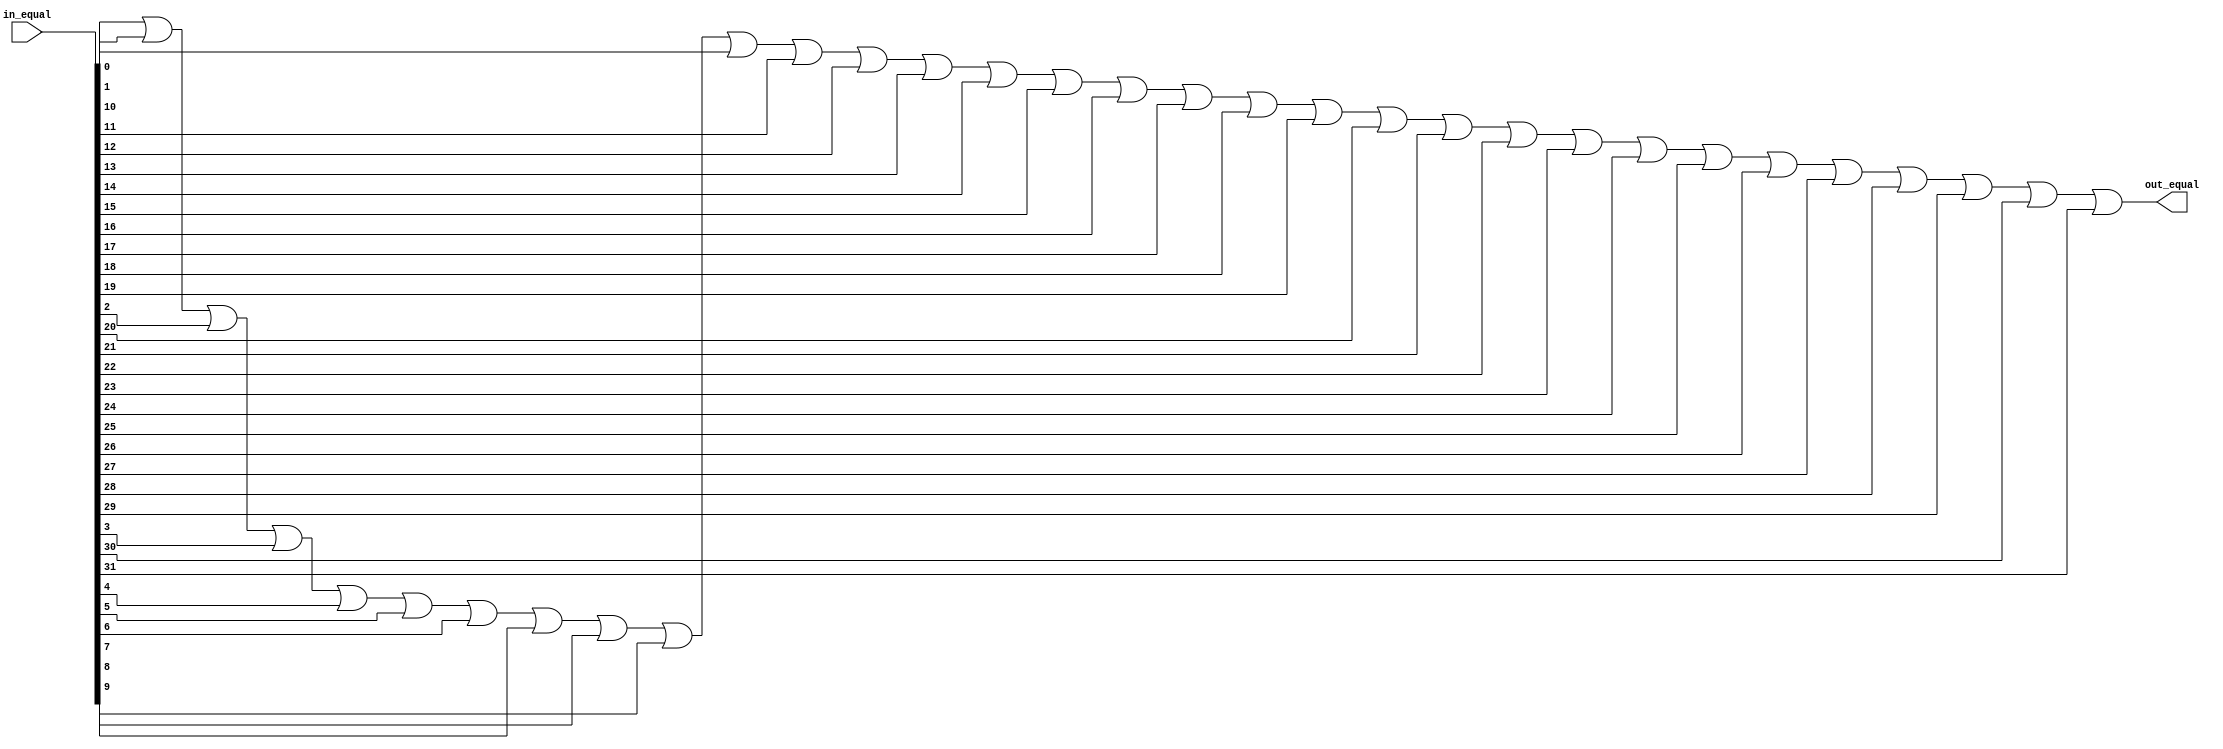
module Equal (in_equal, out_equal);
  input [31:0] in_equal;
  output out_equal;
  
  or or0_0(out_equal, in_equal[0], in_equal[1], in_equal[2], in_equal[3], in_equal[4], in_equal[5], in_equal[6], in_equal[7], in_equal[8], in_equal[9], in_equal[10], in_equal[11], in_equal[12], in_equal[13], in_equal[14], in_equal[15], in_equal[16], in_equal[17], in_equal[18], in_equal[19], in_equal[20], in_equal[21], in_equal[22], in_equal[23], in_equal[24], in_equal[25], in_equal[26], in_equal[27], in_equal[28], in_equal[29], in_equal[30], in_equal[31]);
endmodule